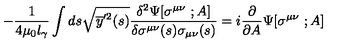
- { \frac { 1 } { 4 \mu _ { 0 } l _ { \gamma } } } \int d s \sqrt { \overline { y } ^ { \prime 2 } ( s ) } { \frac { \delta ^ { 2 } \Psi [ \sigma ^ { \mu \nu } \ ; A ] } { \delta \sigma ^ { \mu \nu } ( s ) \sigma _ { \mu \nu } ( s ) } } = i { \frac { \partial } { \partial A } } \Psi [ \sigma ^ { \mu \nu } \ ; A ]